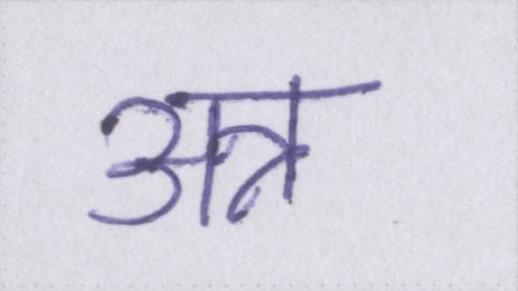
अन्न